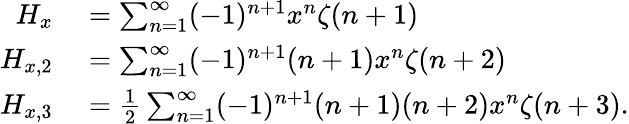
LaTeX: \begin{array}{rl}{H_{x}}&{{}=\sum_{n=1}^{\infty}(-1)^{n+1}x^{n}\zeta(n+1)}\\ {H_{x,2}}&{{}=\sum_{n=1}^{\infty}(-1)^{n+1}(n+1)x^{n}\zeta(n+2)}\\ {H_{x,3}}&{{}={\frac{1}{2}}\sum_{n=1}^{\infty}(-1)^{n+1}(n+1)(n+2)x^{n}\zeta(n+3).}\end{array}